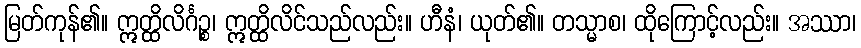
မြတ်ကုန်၏။ ဣတ္ထိလိင်္ဂဉ္စ၊ ဣတ္ထိလိင်သည်လည်း။ ဟီနံ၊ ယုတ်၏။ တသ္မာစ၊ ထိုကြောင့်လည်း။ အဿာ၊